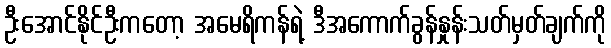
ဦးအောင်နိုင်ဦးကတော့ အမေရိကန်ရဲ့ ဒီအကောက်ခွန်နှုန်းသတ်မှတ်ချက်ကို